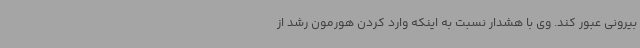
بیرونی عبور کند. وی با هشدار نسبت به اینکه وارد کردن هورمون رشد از